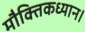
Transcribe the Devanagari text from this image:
मौक्तिकध्यान।